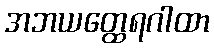
အဘယတ္ထေရဂါထာ